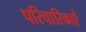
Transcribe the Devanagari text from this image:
परिचारिकाऐं